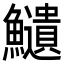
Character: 𩽎